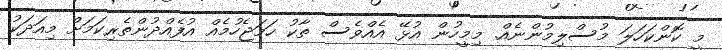
މީ ކޮންކަހަލަ މުސްލިމުންނެއް. މިމީހުން އުޅޭ އެއްވެސް ތާކު ހަމަޖެހުމެއް އުފެއްދުންތެރިކަމަށް މިއަދަކު